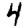
Digit: 4